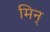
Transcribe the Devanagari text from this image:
मिन्‌